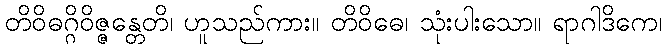
တိဝိဓဂ္ဂိဝိဇ္ဇန္တေတိ၊ ဟူသည်ကား။ တိဝိဓေ၊ သုံးပါးသော။ ရာဂါဒိကေ၊